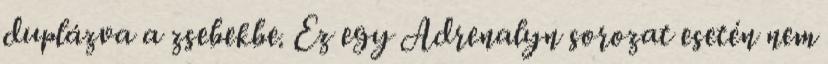
duplázva a zsebekbe. Ez egy Adrenalyn sorozat esetén nem